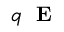
q \mathrm { ~ \bf ~ E ~ }